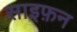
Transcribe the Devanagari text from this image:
साइफ़न